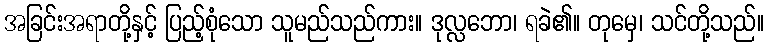
အခြင်းအရာတို့နှင့် ပြည့်စုံသော သူမည်သည်ကား။ ဒုလ္လဘော၊ ရခဲ၏။ တုမှေ၊ သင်တို့သည်။